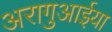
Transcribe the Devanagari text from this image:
अरागुआईया